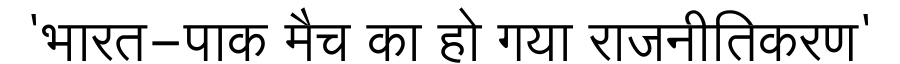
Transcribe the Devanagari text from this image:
'भारत-पाक मैच का हो गया राजनीतिकरण'